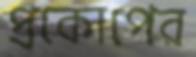
প্রকোপের